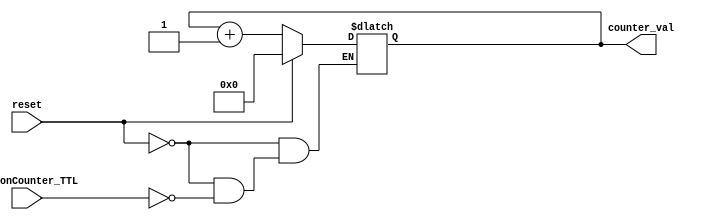
`timescale 1ns / 1ps
//////////////////////////////////////////////////////////////////////////////////
// Company: 
// Engineer: 
// 
// Design Name: 
// Module Name: photonCounter
// Project Name: 
// Target Devices: 
// Tool Versions: 
// Description: 
// 
// Dependencies: 
// 
// Revision:
// Revision 0.01 - File Created
// Additional Comments:
// 
//////////////////////////////////////////////////////////////////////////////////


module photonCounter(
input photonCounter_TTL,
input reset,
output [3:0] counter_val
);

reg [3:0] counter = 0;

always @ (photonCounter_TTL,reset) begin
    if (reset == 1'b1) begin
        counter <= 0;
    end 
      
    else if(reset == 1'b0) begin
        if (photonCounter_TTL == 1'b1) begin 
            counter <= counter + 1;
        end
        
        else if (photonCounter_TTL == 1'b0) begin 
            counter <= counter;
        end
    end
    

    else begin
        counter <= 0;
    end
    
    
end

assign counter_val = counter;

endmodule